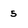
Character: 5